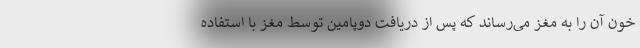
خون آن را به مغز می‌رساند که پس از دریافت دوپامین توسط مغز با استفاده